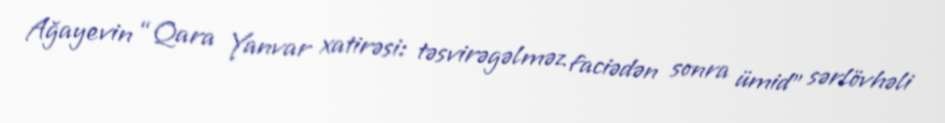
Ağayevin “Qara Yanvar xatirəsi: təsvirəgəlməz faciədən sonra ümid” sərlövhəli